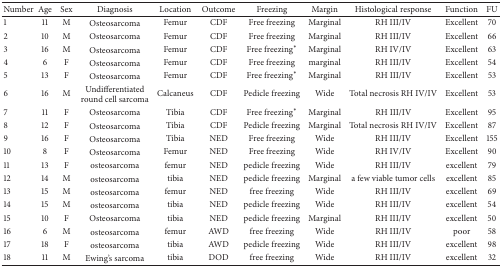
| Number | Age | Sex | Diagnosis | Location | Outcome | Freezing | Margin | Histological response | Function | FU |
 | --- | --- | --- | --- | --- | --- | --- | --- | --- | --- | --- |
 | 1 | 11 | M | Osteosarcoma | Femur | CDF | Free freezing | Marginal | RH III/IV | Excellent | 70 |
 | 2 | 10 | M | Osteosarcoma | Femur | CDF | Free freezing | Marginal | RH III/IV | Excellent | 66 |
 | 3 | 16 | M | Osteosarcoma | Femur | CDF | Free freezing∗ | Marginal | RH IV/IV | Excellent | 63 |
 | 4 | 6 | F | Osteosarcoma | Femur | CDF | Free freezing | marginal | RH III/IV | Excellent | 54 |
 | 5 | 13 | F | Osteosarcoma | Femur | CDF | Free freezing∗ | Marginal | RH III/IV | Excellent | 53 |
 | 6 | 16 | M | Undifferentiated round cell sarcoma | Calcaneus | CDF | Pedicle freezing | Wide | Total necrosis RH IV/IV | Excellent | 53 |
 | 7 | 11 | F | Osteosarcoma | Tibia | CDF | Free freezing∗ | Marginal | RH III/IV | Excellent | 95 |
 | 8 | 12 | F | Osteosarcoma | Tibia | CDF | Pedicle freezing | Marginal | Total necrosis RH IV/IV | Excellent | 87 |
 | 9 | 16 | F | Osteosarcoma | Tibia | NED | Free freezing | Wide | RH III/IV | Excellent | 155 |
 | 10 | 8 | F | Osteosarcoma | Femur | NED | Free freezing | Wide | RH IV/IV | Excellent | 90 |
 | 11 | 13 | F | osteosarcoma | femur | NED | pedicle freezing | Wide | RH III/IV | excellent | 79 |
 | 12 | 14 | M | osteosarcoma | tibia | NED | pedicle freezing | Marginal | a few viable tumor cells | excellent | 85 |
 | 13 | 15 | M | osteosarcoma | femur | NED | free freezing | Wide | RH III/IV | excellent | 69 |
 | 14 | 15 | M | osteosarcoma | tibia | NED | pedicle freezing | Wide | RH III/IV | excellent | 54 |
 | 15 | 10 | F | Osteosarcoma | tibia | NED | pedicle freezing | Marginal | RH III/IV | excellent | 50 |
 | 16 | 6 | M | osteosarcoma | femur | AWD | free freezing | Wide | RH III/IV | poor | 58 |
 | 17 | 18 | F | osteosarcoma | tibia | AWD | pedicle freezing | Wide | RH III/IV | excellent | 98 |
 | 18 | 11 | M | Ewing's sarcoma | tibia | DOD | free freezing | Wide | RH III/IV | excellent | 32 |